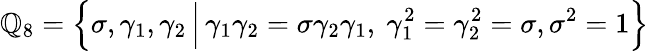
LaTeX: \mathbb{Q}_{8}=\Big\{ \sigma,\gamma_{1},\gamma_{2}\, \Big|\, \gamma_{1}\gamma_{2}=\sigma\gamma_{2}\gamma_{1},~\gamma_{1}^{2}=\gamma_{2}^{2}=\sigma,\sigma^{2}=1\Big\}